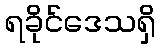
ရခိုင်ဒေသရှိ